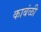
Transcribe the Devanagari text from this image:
काबंळी